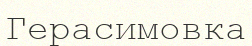
Герасимовка